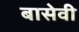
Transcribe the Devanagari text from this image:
बासेवी